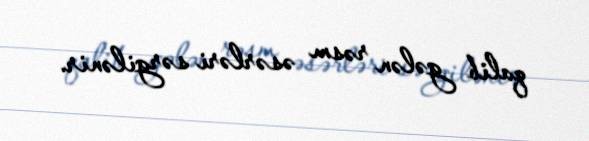
qalib gələn rəsm əsərləri sərgilənir.